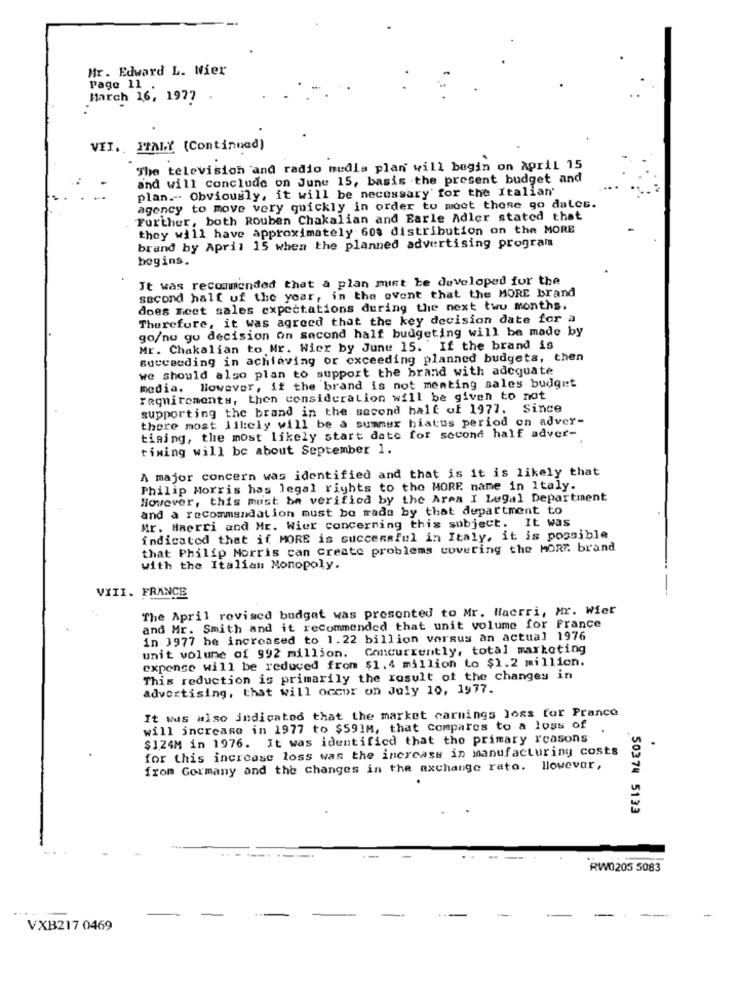
Mr. Edward L. Wier
Page 11
March 16, 1977
VII .. ITALY (Continued)
The television and radio medla plan will begin on April 15
and will conclude on June 15, basis the present budget and
plan .-. Obviously, it will be necessary' for the Italian'
agency to move very quickly in order to meet these go dates.
Further, both Rouben Chakalian and Earle Adler stated that
they will have approximately 608 distribution on the MORE
brand by April 15 when the planned advertising program
begins.
It was recommended that a plan must be developed for the
second half of the year, in the event that the MORE brand
does Tect sales expectations during the next two months.
Therefore, it was agreed that the key decision date for a
go/nu gu decision on second half budgeting will be made by
Mr. Chakalian to Mr. Wier by June 15. If the brand is
succeeding in achieving or exceeding planned budgets, then
we should also plan to support the brand with adequate
media. However, if the brand is not meating sales budget
requirements, then consideration will be given to not
supporting the brand in the second half of 1977. Since
thore most likely will be a summer hiatus period on adver-
tiging, the most likely start date for second half adver-
timing will be about September 1.
A major concern was identified and that is it is likely that
Philip Morris has legal rights to the MORE name in Italy.
However, this must be verified by the Area I Legal Department
and a recommendation must be made by that department to
Mr. Haerri and Mr. Wier concerning this subject. It was
indicated that if MORE is successful in Italy, it is possible
that Philip Morris can Create problems covering the MORE. brand
with the Italian Monopoly.
VIII. FRANCE
The April revised budget was presented to Mr. Hacrri, Mr. Wier
and Mr. Smith and it recommended that unit volume for france
in 1977 he increased to 1.22 billion versus an actual 1976
unit volune of 992 million. Concurrently, total marketing
expense will be reduced from $1.4 million to $1.2 million.
This reduction is primarily the result of the changes in
advertising, that will occur on July 10, 1977.
It was also indicated that the market carnings Joss for Prance
will increase in 1977 to $591M, that compares to a loss of
$124M in 1976. It was identificd that the primary reasons
for this increase loss was the increase in manufacturing costs
.
from Gormany and the changes in the exchange rato. However,
.50374 5133
RW0205 5083
VXB217 0469